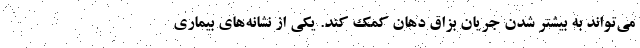
می‌تواند به بیشتر شدن جریان بزاق دهان کمک کند. یکی از نشانه‌های بیماری